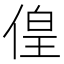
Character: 偟